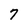
Character: 7